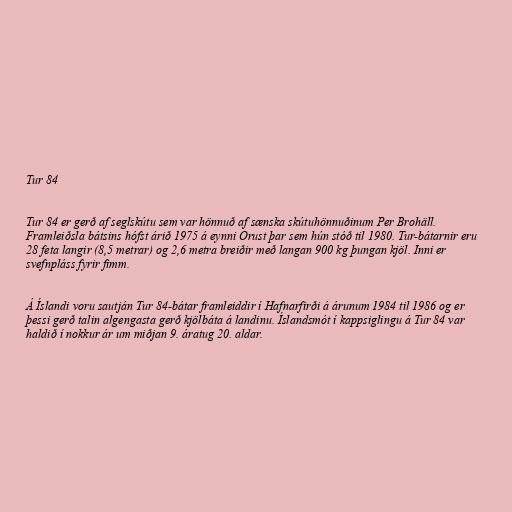
Tur 84

Tur 84 er gerð af seglskútu sem var hönnuð af sænska skútuhönnuðinum Per Brohäll.
Framleiðsla bátsins hófst árið 1975 á eynni Orust þar sem hún stóð til 1980. Tur-bátarnir eru
28 feta langir (8,5 metrar) og 2,6 metra breiðir með langan 900 kg þungan kjöl. Inni er
svefnpláss fyrir fimm.

Á Íslandi voru sautján Tur 84-bátar framleiddir í Hafnarfirði á árunum 1984 til 1986 og er
þessi gerð talin algengasta gerð kjölbáta á landinu. Íslandsmót í kappsiglingu á Tur 84 var
haldið í nokkur ár um miðjan 9. áratug 20. aldar.